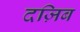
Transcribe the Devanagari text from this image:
दज़िब